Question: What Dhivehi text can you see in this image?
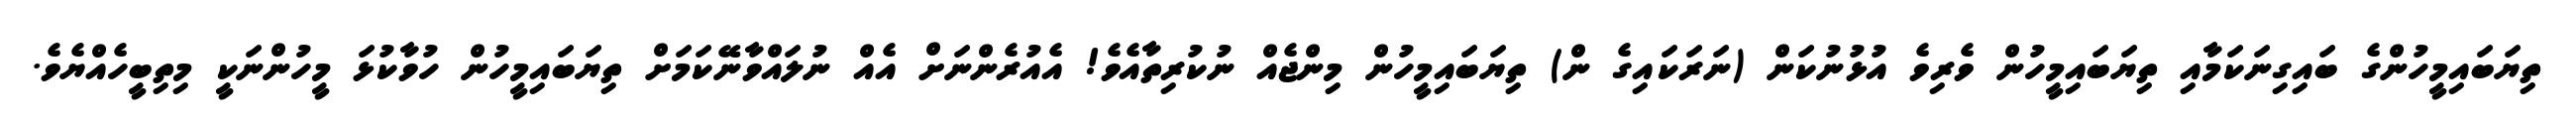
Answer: ތިޔަބައިމީހުންގެ ބައިގިނަކަމާއި ތިޔަބައިމީހުން ވެރިވެ އުޅުނުކަން (ނަރަކައިގެ ން) ތިޔަބައިމީހުން މިންޖެއް ނުކުރިތާއެވެ! އެއުރެންނަށް އެއް ނުލައްވާނޭކަމަށް ތިޔަބައިމީހުން ހުވާކުޅަ މީހުންނަކީ މިތިބީހެއްޔެވެ.